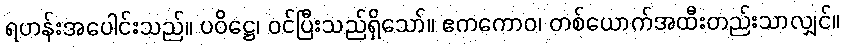
ရဟန်းအပေါင်းသည်။ ပဝိဋ္ဌေ၊ ဝင်ပြီးသည်ရှိသော်။ ဧကကောဝ၊ တစ်ယောက်အထီးတည်းသာလျှင်။